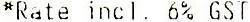
*RATE INCL. 6% GST